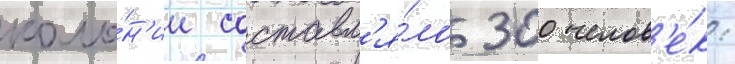
коло́н'ии составл'я́ло 300 челов'е́к: